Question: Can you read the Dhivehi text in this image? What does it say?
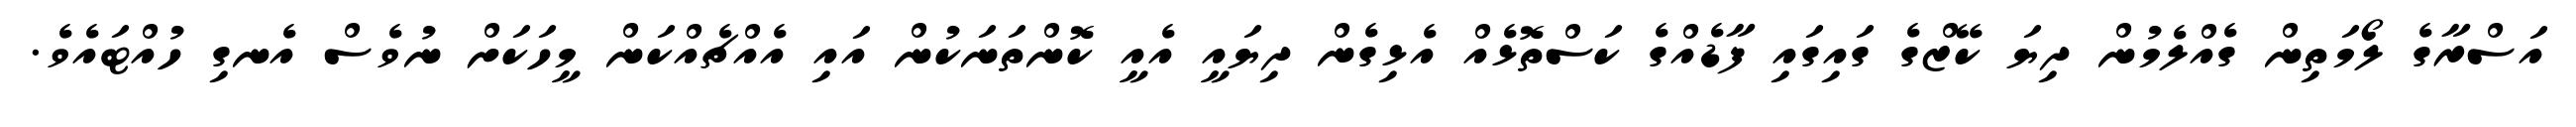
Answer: އަސްރާގެ ލޯމަތިން ގެއްލެމުން ދިޔަ ކޭޒްގެ ގައިގައި ފާޑެއްގެ ކަސްތޮޅެއް އެޅިގެން ދިޔައީ އެއީ ކޮންތަނަކުން އައި އެއްޗެއްކަން މީހަކަށް ނުވެސް އެނގި ހުއްޓައެވެ.